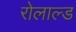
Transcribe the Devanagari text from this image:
रोलाल्ड